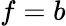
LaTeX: f=b